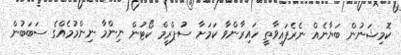
ކޮމިޝަނުން ބަޔާނެއް ނެރެފައިވާތީ ހައިރާންވާ ކަމަށާ ސުޕްރީމް ކޯޓުން ނިންމާ ނިންމުމެއްގެ ސަބަބުން